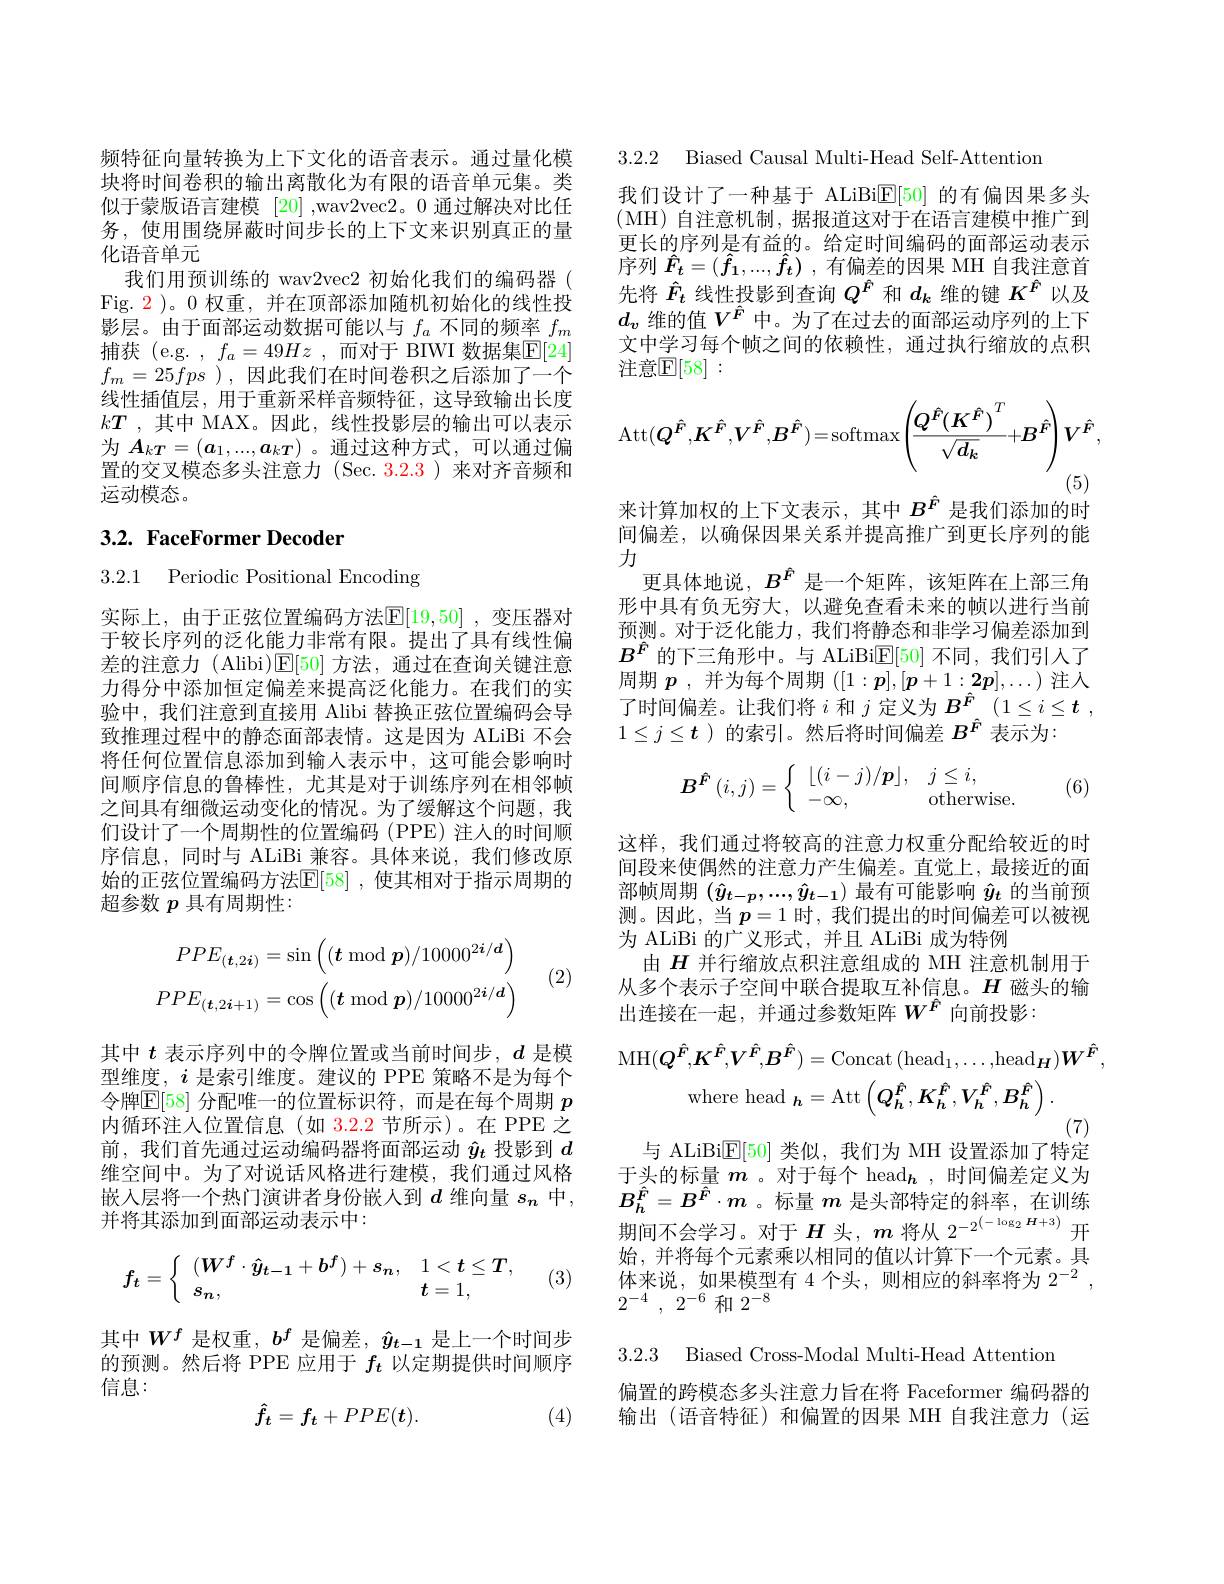
频特征向量转换为上下文化的语音表示。通过量化模块将时间卷积的输出离散化为有限的语音单元集。类似于蒙版语言建模[20] ,wav2vec2。0 通过解决对比任务，使用围绕屏蔽时间步长的上下文来识别真正的量化语音单元
我们用预训练的 wav2vec2 初始化我们的编码器( Fig. $\color{red}{2}$)。0 权重，并在顶部添加随机初始化的线性投影层。由于面部运动数据可能以与$f_a$不同的频率$f_m$ 捕获(e.g. $,f_a=49Hz$ ,而对于 BIWI 数据集$\mathbb{E}[24]$ $f_m=25fps$ ),因此我们在时间卷积之后添加了一个线性插值层，用于重新采样音频特征，这导致输出长度$kT$ ,其中 MAX。因此，线性投影层的输出可以表示为$\boldsymbol{A}_{k\boldsymbol{T}}=(\boldsymbol{a}_1,...,\boldsymbol{a}_{k\boldsymbol{T}})$ 。通过这种方式，可以通过偏置的交叉模态多头注意力 (Sec. 3.2.3 )来对齐音频和运动模态。

## 3.2. FaceFormer Decoder

3.2.1 Periodic Positional Encoding

实际上，由于正弦位置编码方法$\mathbb{E}[19,50]$ ,变压器对于较长序列的泛化能力非常有限。提出了具有线性偏差的注意力 (Alibi)$\mathsf{E}[50]$方法，通过在查询关键注意力得分中添加恒定偏差来提高泛化能力。在我们的实验中，我们注意到直接用 Alibi 替换正弦位置编码会导致推理过程中的静态面部表情。这是因为 ALiBi 不会将任何位置信息添加到输入表示中，这可能会影响时间顺序信息的鲁棒性，尤其是对于训练序列在相邻帧之间具有细微运动变化的情况。为了缓解这个问题，我们设计了一个周期性的位置编码(PPE)注人的时间顺序信息，同时与 ALiBi 兼容。具体来说，我们修改原始的正弦位置编码方法$\mathbb{E}[58]$ ,使其相对于指示周期的超参数$p$具有周期性：
$$PPE_{(\boldsymbol{t},2\boldsymbol{i})}=\sin\left((\boldsymbol{t}\bmod\boldsymbol{p})/10000^{2\boldsymbol{i}/\boldsymbol{d}}\right)\\PPE_{(\boldsymbol{t},2\boldsymbol{i}+1)}=\cos\left((\boldsymbol{t}\bmod\boldsymbol{p})/10000^{2\boldsymbol{i}/\boldsymbol{d}}\right)$$
(2)

其中$t$表示序列中的令牌位置或当前时间步，$d$是模型维度，$i$是索引维度。建议的 PPE 策略不是为每个令牌$\mathbb{E}[58]$ 分配唯一的位置标识符，而是在每个周期 $p$ 内循环注人位置信息(如 3.2.2 节所示)。在 PPE 之前，我们首先通过运动编码器将面部运动$\hat{y}_t$投影到$d$ 维空间中。为了对说话风格进行建模，我们通过风格嵌入层将一个热门演讲者身份嵌人到$d$ 维向量 $s_{\boldsymbol{n}}$ 中， 并将其添加到面部运动表示中：
$$f_t=\left\{\begin{array}{ll}(W^f\cdot\hat{y}_{t-1}+b^f)+s_n,&1<t\leq T,\\s_n,&\boldsymbol{t}=1,\end{array}\right.$$
(3)

其中$W^f$是权重，$b^f$是偏差，$\hat{y}_{t-1}$是上一个时间步的预测。然后将 PPE 应用于$f_t$以定期提供时间顺序信息：
$$\hat{f}_t=f_t+PPE(\boldsymbol{t}).$$
(4)

3.2.2 Biased Causal Multi-Head Self-Attentiom

我们设计了一种基于 ALiBi$\mathbb{E}[50]$的有偏因果多头(MH)自注意机制，据报道这对于在语言建模中推广到更长的序列是有益的。给定时间编码的面部运动表示序列$\hat{F} _t= ( \hat{f} _1, . . . , \hat{f} _t)$ ,有偏差的因果 MH 自我注意首先将$\hat{F}_t$线性投影到查询$Q^{\hat{F}}$和$d_k$维的键$K^{\hat{F}}$以及$d_v$维的值$V^{\hat{F}}$中。为了在过去的面部运动序列的上下文中学习每个帧之间的依赖性，通过执行缩放的点积注意$\mathbb{E}[58]:$
$$\operatorname{Att}(Q^{\hat{F}},K^{\hat{F}},V^{\hat{F}},B^{\hat{F}})=\operatorname{softmax}\left(\frac{Q^{\hat{F}}(K^{\hat{F}})^T}{\sqrt{d_k}}+B^{\hat{F}}\right)V^{\hat{F}},$$
(5)
来计算加权的上下文表示，其中$B^{\hat{F}}$是我们添加的时

间偏差，以确保因果关系并提高推广到更长序列的能
力
更具体地说，$B^{\hat{F}}$是一个矩阵，该矩阵在上部三角形中具有负无穷大，以避免查看未来的帧以进行当前预测。对于泛化能力，我们将静态和非学习偏差添加到$B^{\hat{F}}$的下三角形中。与 ALiBi$\mathbb{E}[50]$不同，我们引人了周期$p$ ,并为每个周期$([1:\boldsymbol{p}],[\boldsymbol{p}+1:2\boldsymbol{p}],\ldots)$注人了时间偏差。让我们将$i$和$j$定义为$B_{\hat{F} }^{\hat{F} }( 1\leq i\leq t$ , $1\leq j\leq t$ )的索引。然后将时间偏差$B^{\hat{F}}$表示为：
$$\boldsymbol{B}^{\hat{\boldsymbol{F}}}\left(i,j\right)=\left\{\begin{array}{ll}\lfloor(i-j)/\boldsymbol{p}\rfloor,&j\leq i,\\-\infty,&\text{otherwise.}\end{array}\right.$$
(6)

这样，我们通过将较高的注意力权重分配给较近的时间段来使偶然的注意力产生偏差。直觉上，最接近的面部帧周期$(\hat{y}_{t-p},...,\hat{y}_{t-1})$最有可能影响$\hat{y}_t$的当前预测。因此，当$p=1$ 时，我们提出的时间偏差可以被视为 ALiBi 的广义形式，并且 ALiBi 成为特例
由$H$并行缩放点积注意组成的 MH 注意机制用于从多个表示子空间中联合提取互补信息。$H$磁头的输出连接在一起，并通过参数矩阵$W^{\hat{F}}$ 向前投影：
$$\begin{aligned}\mathrm{MH}(\boldsymbol{Q}^{\hat{\boldsymbol{F}}},\boldsymbol{K}^{\hat{\boldsymbol{F}}},\boldsymbol{V}^{\hat{\boldsymbol{F}}},\boldsymbol{B}^{\hat{\boldsymbol{F}}})&=\mathrm{Concat}\:(\mathrm{head}_{1},\ldots,\mathrm{head}_{\boldsymbol{H}})\boldsymbol{W}^{\hat{\boldsymbol{F}}},\\\mathrm{where~head}_{\boldsymbol{h}}&=\mathrm{Att}\left(Q_{h}^{\hat{F}},K_{h}^{\hat{F}},V_{h}^{\hat{F}},B_{h}^{\hat{F}}\right).\end{aligned}$$
与 ALiBi$\mathbb{E}[50]$类似，我们为 MH 设置添加了特定

于头的标量$m$ 。对于每个 head$_{\boldsymbol{h}}$,时间偏差定义为$B_h^{\hat{F}}=B^{\hat{F}}\cdot m$ 。标量$m$是头部特定的斜率，在训练期间不会学习。对于$H$头，$m$将从$2^{-2^{(-\log_2\boldsymbol{H}+3)}}$开始，并将每个元素乘以相同的值以计算下一个元素。具体来说，如果模型有 4 个头，则相应的斜率将为$2^{-2}$, $2^{- 4}$ , $2^{- 6}$和$2^-8$

3.2.3 Biased Cross-Modal Multi-Head Attention

偏置的跨模态多头注意力旨在将 Faceformer 编码器的输出(语音特征)和偏置的因果 MH 自我注意力(运